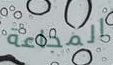
المجاعة